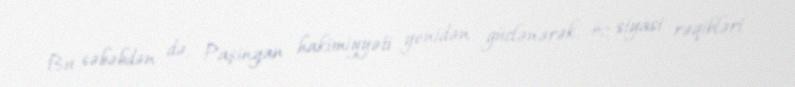
Bu səbəbdən də, Paşinyan hakimiyyəti yenidən güclənərək, öz siyasi rəqibləri